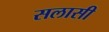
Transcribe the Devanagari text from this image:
सलासी